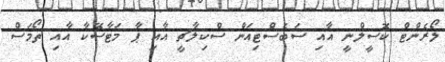
ލޯރެންޓް ކޮސީލްނީ އާއި ސަބެސްޓިއަން ސްކިލާޗީ އާއި ޕާ މަޓާސޭކާ އާއި ތޯމަސް